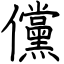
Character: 儻